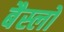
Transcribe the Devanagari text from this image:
बैस्लो